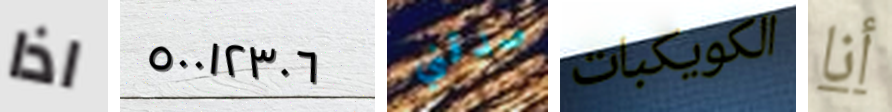
اذا ٥٠٠١٢٣٠٦ صدقني الكويكبات أنا